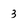
Character: 3